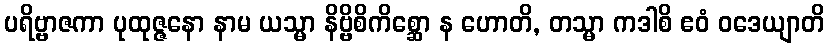
ပရိဗ္ဗာဇကာ ပုထုဇ္ဇနော နာမ ယသ္မာ နိဗ္ဗိစိကိစ္ဆော န ဟောတိ, တသ္မာ ကဒါစိ ဧဝံ ဝဒေယျာတိ